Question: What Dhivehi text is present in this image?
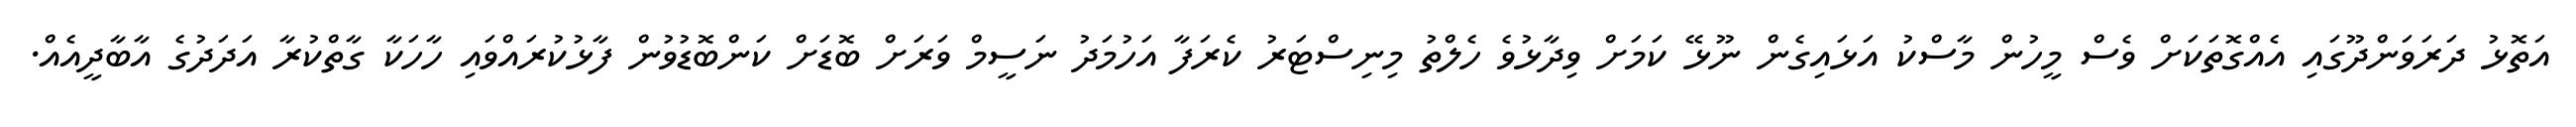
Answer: އަތޮޅު ދަރަވަންދޫގައި އެއްގޮތަކަށް ވެސް މީހުން މާސްކު އަޅައިގެން ނޫޅޭ ކަމަށް ވިދާޅުވެ ހެލްތު މިނިސްޓަރު ކެރަފާ އަހުމަދު ނަސީމް ވަރަށް ބޮޑަށް ކަންބޮޑުވުން ފާޅުކުރައްވައި ހާހަކާ ގާތްކުރާ އަދަދުގެ އާބާދީއެއް.